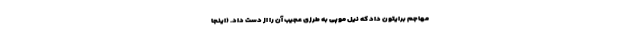
مهاجم برایتون داد که نیل موپی به طرزی عجیب آن را از دست داد. (اینجا